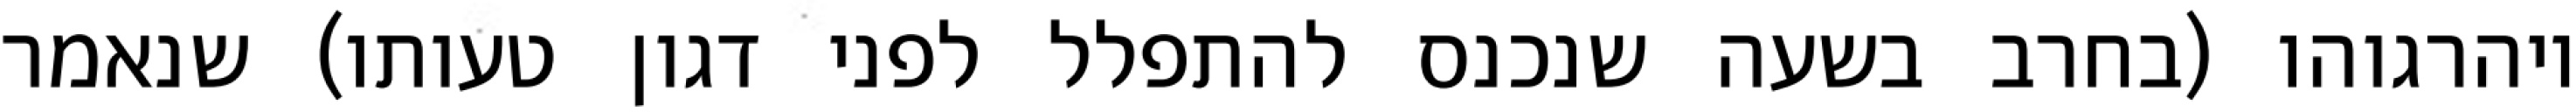
ויהרגוהו (בחרב בשעה שנכנס להתפלל לפני דגון טעותו) שנאמר